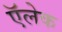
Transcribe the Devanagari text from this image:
ऍलेक